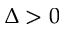
\Delta > 0